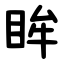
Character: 眸